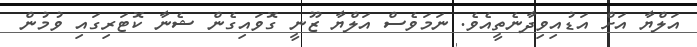
އަލްޔާ އަށް އަޑުއިވިދާނެތީއެވެ. ނަމަވެސް އަލްޔާ ޒޫނީ ގޮވައިގެން ޝެނާ ކޮޓަރިގައި ވުމުން